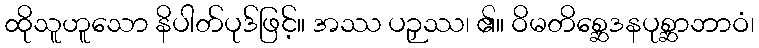
ထိုသူဟူသော နိပါတ်ပုဒ်ဖြင့်။ အဿ ပဉှဿ၊ ၏။ ဝိမတိစ္ဆေဒနပုစ္ဆာဘာဝံ၊